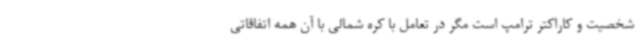
شخصیت و کاراکتر ترامپ است مگر در تعامل با کره شمالی با آن همه اتفاقاتی